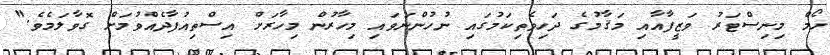
ހޯމް މިނިސްޓަރު ވަޒީފާއާއި މަޤާމުގެ ދަހިވެތިކަމުގައި ނުހުންނަވައި މިހާރުން މިހާރަށް އިސްތިއުފާދެއްވުމަށް ގޮވާލަމެވެ."